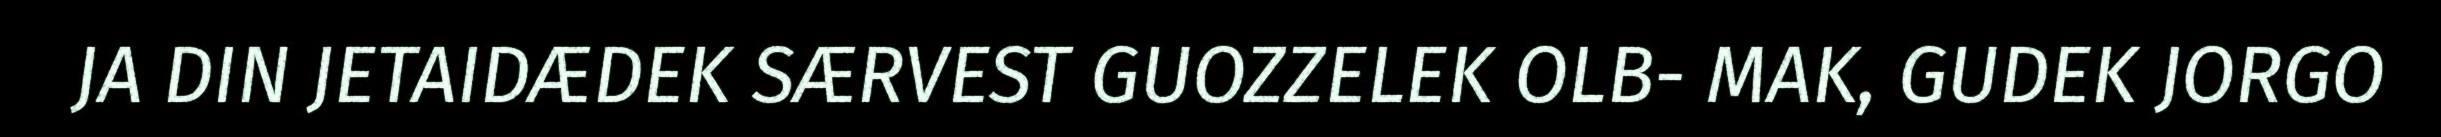
JA DIN JETAIDÆDEK SÆRVEST GUOZZELEK OLB- MAK, GUDEK JORGO